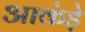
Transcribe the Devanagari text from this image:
आकंड़े